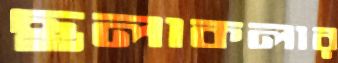
ছলাকলার